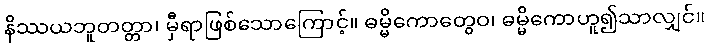
နိဿယဘူတတ္တာ၊ မှီရာဖြစ်သောကြောင့်။ ဓမ္မိကောတွေဝ၊ ဓမ္မိကောဟူ၍သာလျှင်။